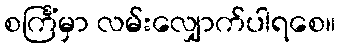
စင်္ကြံမှာ လမ်းလျှောက်ပါရစေ။